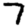
Digit: 7